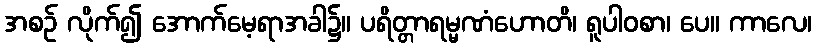
အစဉ် လိုက်၍ အောက်မေ့ရာအခါ၌။ ပရိတ္တာရမ္မဏံဟောတိ၊ ရူပါဝစာ၊ ပေ။ ကာလေ၊